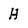
Character: H